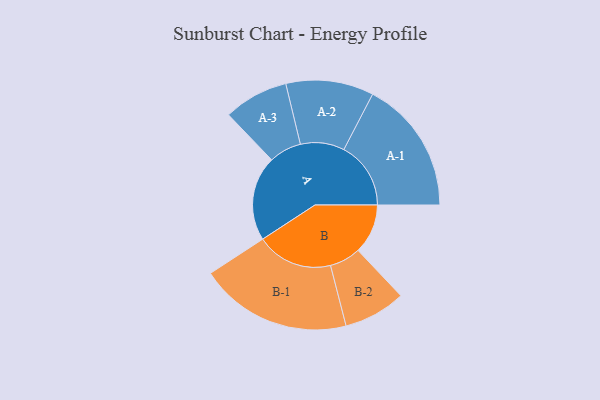
{"axis": {"x": "Segment", "y": "Value"}, "legend": ["", "A", "B"], "data": [{"x": "A", "y": 317, "type": ""}, {"x": "B", "y": 186, "type": ""}, {"x": "A-1", "y": 250, "type": "A"}, {"x": "A-2", "y": 164, "type": "A"}, {"x": "A-3", "y": 121, "type": "A"}, {"x": "B-1", "y": 285, "type": "B"}, {"x": "B-2", "y": 116, "type": "B"}]}